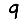
Digit: 9